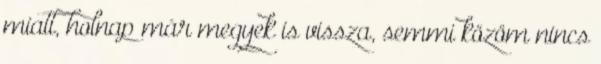
miatt, holnap már megyek is vissza, semmi közöm nincs